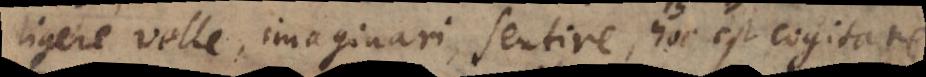
lligere, velle, imaginari, sentire, hoc est cogitare